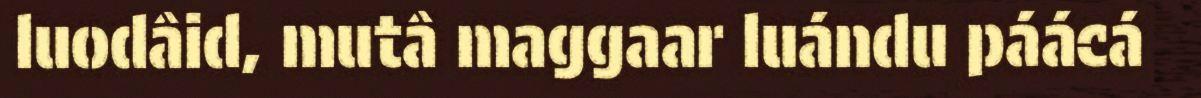
luodâid, mutâ maggaar luándu páácá